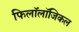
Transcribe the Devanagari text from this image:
फिलॉलॉजिकल